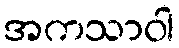
အကသာဝါ